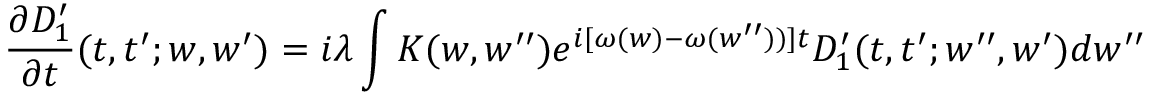
\frac { \partial D _ { 1 } ^ { \prime } } { \partial t } ( t , t ^ { \prime } ; w , w ^ { \prime } ) = i \lambda \int { \cal K } ( w , w ^ { \prime \prime } ) e ^ { i [ \omega ( w ) - \omega ( w ^ { \prime \prime } ) ) ] t } D _ { 1 } ^ { \prime } ( t , t ^ { \prime } ; w ^ { \prime \prime } , w ^ { \prime } ) d w ^ { \prime \prime }